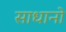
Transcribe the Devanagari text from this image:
साधानो